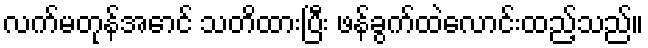
လက်မတုန်အောင် သတိထားပြီး ဖန်ခွက်ထဲလောင်းထည့်သည်။